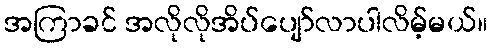
အကြာခင် အလိုလိုအိပ်ပျော်လာပါလိမ့်မယ်။